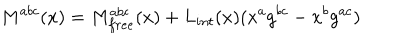
M ^ { a b c } ( x ) = M _ { f r e e } ^ { a b c } ( x ) + L _ { i n t } ( x ) ( x ^ { a } g ^ { b c } - x ^ { b } g ^ { a c } )